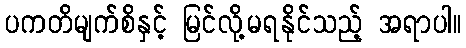
ပကတိမျက်စိနှင့် မြင်လို့မရနိုင်သည့် အရာပါ။